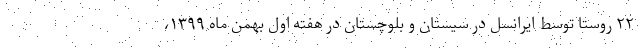
۲۲ روستا توسط ایرانسل در سیستان و بلوچستان در هفته اول بهمن ماه ۱۳۹۹،